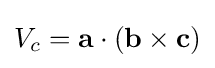
V_{c}={\bf {a}}\cdot ({\bf {b}}\times {\bf {c}})